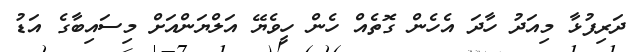
ދަރިފުޅާ މިއަދު ހާދަ އެހެން ގޮތެއް ހެން ހީވެޔޭ އަލްޔަންއަށް މިސައިބާގެ އަޑު